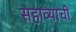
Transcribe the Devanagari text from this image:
सहाव्याची